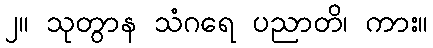
၂။ သုတွာန သံဂရေ ပညာတိ၊ ကား။